Annual administration report of the Bombay Presidency - 1887-1892
Year: 1887
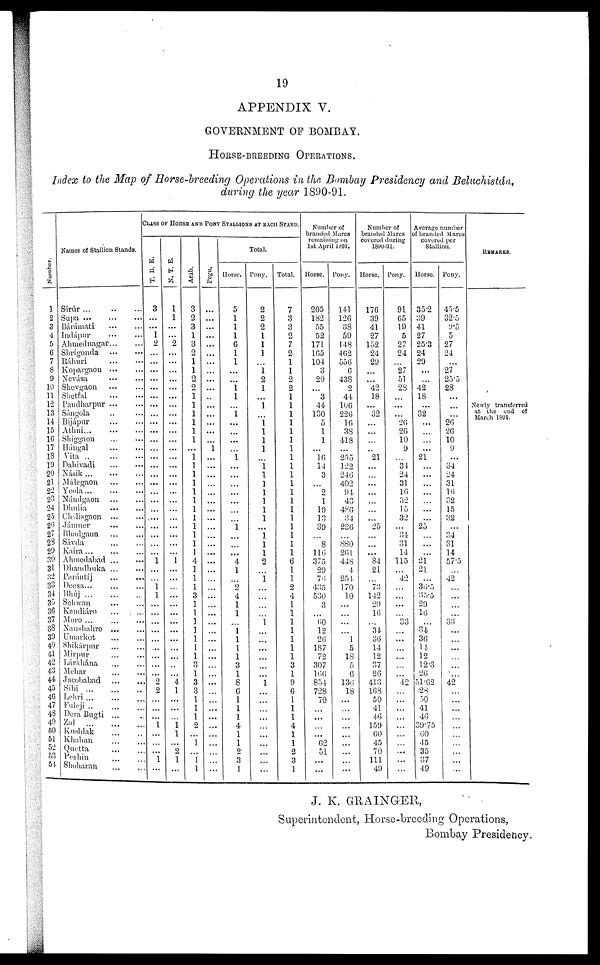
19
APPENDIX V.
GOVERNMENT OF BOMBAY.
HORSE-BREEDING OPERATIONS.
Index to the Map of Horse-breeding Operations in the Bombay Presidency and Beluchistán,
during the year 1890-91.
Number.
1
2
3
4
5
6
7
8
9
10
11
12
13
14
15
16
17
18
19
20
21
22
23
24
25
26
27
28
29
30
31
32
33
34
35
36
37
38
39
40
41
42
43
44
45
46
47
48
49
50
51
52
53
54
Names of Stallion Stands.
Sirúr ...
..
...
Supa
...
...
...
Bárámati ... ...
Indápur
...
...
Ahmednagar ... ...
Shrígonda
...
...
Ráhuri
...
...
Kopargaon
...
...
Nevása ... ...
Shevgaon
...
...
Shetfal
...
...
Pandharpur
...
...
Sángola .. ...
Bijápur
...
...
Athni ...
...
...
Shiggaon ... ...
Hángal
...
...
Vita
..
...
...
Dahivadi
...
...
Násik ...
...
...
Málegaon
...
...
Yeola ... ... ...
Nándgaon
...
...
Dhulia
...
...
Chálisgaon
...
...
Jámner ... ...
Bhadgaon ... ...
Sávda
...
...
Kaira ... ... ...
Ahmedabad ... ...
Dhandhuka ... ...
Parántíj
...
...
Deesa ... ... ...
Bhúj
...
...
..
Sehwan ... ...
Kandiáro ... ...
Moro ... ... ...
Naushahro ... ...
Umarkot
...
...
Shikárpur
...
...
Mirpur ... ...
Lárkhána ... ...
Mehar
...
...
Jacobabad
...
...
Sibi
...
...
...
Lehri ... ... ...
Fuleji
..
...
...
Dera Bugti ... ...
Zal
...
...
...
Kushlak
...
..
Khahan ... ...
Quetta ... ...
Peshin ... ...
Shoharan ... ...
CLASS OF HORSE AND PONY STALLIONS AT EACH STAND.
T. B. E.
3
...
...
1
2
...
...
...
...
...
...
...
...
...
...
...
...
...
...
...
...
...
...
...
...
...
...
...
...
1
...
...
1 1
...
...
...
...
...
...
...
...
...
2
2
...
...
...
1 ...
...
...
1
...
N. T. E.
1
1
...
...
2
...
...
...
...
...
...
...
...
...
...
...
...
...
...
...
...
...
...
...
...
...
...
...
1
...
...
...
...
...
...
...
...
...
...
...
...
4
1
...
...
1 1
...
2
1
...
Arab.
3
2
3
1
3
2
1
1
2
2
1
1
1
1
1
1
...
1
1
1
1
1
1
1
1
1
1
1
1
4
1
1
1
3
1
1
1
1
1
1
1
3
1
3
3
1
1
1
2
...
1
1 1
Pegu.
...
...
...
...
...
...
....
...
...
...
...
...
...
...
...
...
1
...
...
...
...
...
...
...
...
...
...
...
...
...
...
...
...
...
...
...
...
...
...
...
...
...
...
...
...
...
...
...
...
...
...
...
...
...
Total.
Horse.
5
1
1
1
6
1
1
...
...
1
1
1
...
...
...
...
1
...
...
...
...
...
...
...
1
...
...
...
4
1
...
2
4
1
1
...
1 1
1
1
3
1
8
6
1
1
1
4
1
1
2
3
1
Pony.
2
2
2
1
1
1
...
1
2
1
...
1
...
1 1
1
1
...
1
1
1
1
1
1
1
...
...
...
...
...
...
...
...
...
...
...
...
...
...
...
...
...
...
1
...
...
...
...
...
...
...
...
...
...
Total.
7
3
3
2
7
2
1
1
2
2
1
1
1
1
1
1
1
1
1
1
1
1
1
1
1
1
1
1
1
6
1
1
2
4
1
1
1
1
1
1
1
3
1
9
6
1
1
1
4
1
1
2
3
1
Number of
branded Mares
remaining on
1st April 1891.
Horse.
205
182
55
52
171
165
104
3
29
...
3
44
130
5
1
1
...
16
14
3
...
2
1
19
13
39
...
8
116
375
29
76
435
530
3
...
60 12
26
187
72
307
166
854
728
70
...
...
...
...
62
51
...
...
Pony.
141
126
38
59
148
462
556
6
438
2
44
106
226
16
38
418
...
255
122
246
402
94
43
486
34
226
...
880
261
448
4
254
170
10
...
...
....
....
1
5
18
5
6
136
18
...
...
...
...
...
...
...
...
...
Number of
branded Mares
covered during
1890-91.
Horse.
176
39
41
27
152
24
29
...
...
42
18
...
32
...
...
...
...
21
...
...
...
...
...
...
...
25
...
...
...
84
21
...
73
142
29
16
...
34 36
14
12
37
26
413
168
50
41
46
159
60
45
70
111
49
Pony.
91
65
19
5
27
24
..
27
51
28
...
...
...
26
26
10
9
...
34
24
31
16
32
15
32
...
34
31
14
115
...
42
...
...
...
...
33
...
...
...
...
...
...
42
...
...
...
...
...
...
...
...
...
...
Average number
of branded Mares
covered per
Stallion.
Horse.
35.2
39
41
27
25.3
24
29
...
...
42
18
...
32
...
...
...
...
21
...
...
...
...
...
...
...
25
...
...
...
21
21
...
36.5
35.5
29
16
...
34
36
14
12
12.3
26
51.62
28
50
41
46
39.75
60
45
35
37
49
Pony.
45.5
32.5
9.5
5
27
24
...
27
25.5
28
...
...
...
26
26
10
9
...
34
24
31
16
32
15
32
...
34
31
14
57.5
...
42
...
...
...
...
33
...
...
...
...
...
...
42
...
...
...
...
...
...
...
...
...
...
REMARKS.
Newly transferred
at the end of
March 1891.
J. K. GRAINGER,
Superintendent, Horse-breeding Operations,
Bombay Presidency.